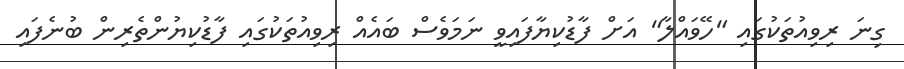
ގިނަ ރިވިއުތަކުގައި "ހޭވައްލާ" އަށް ފާޑުކިޔާފައިވީ ނަމަވެސް ބައެއް ރިވިއުތަކުގައި ފާޑުކިޔުންތެރިން ބުނެފައި